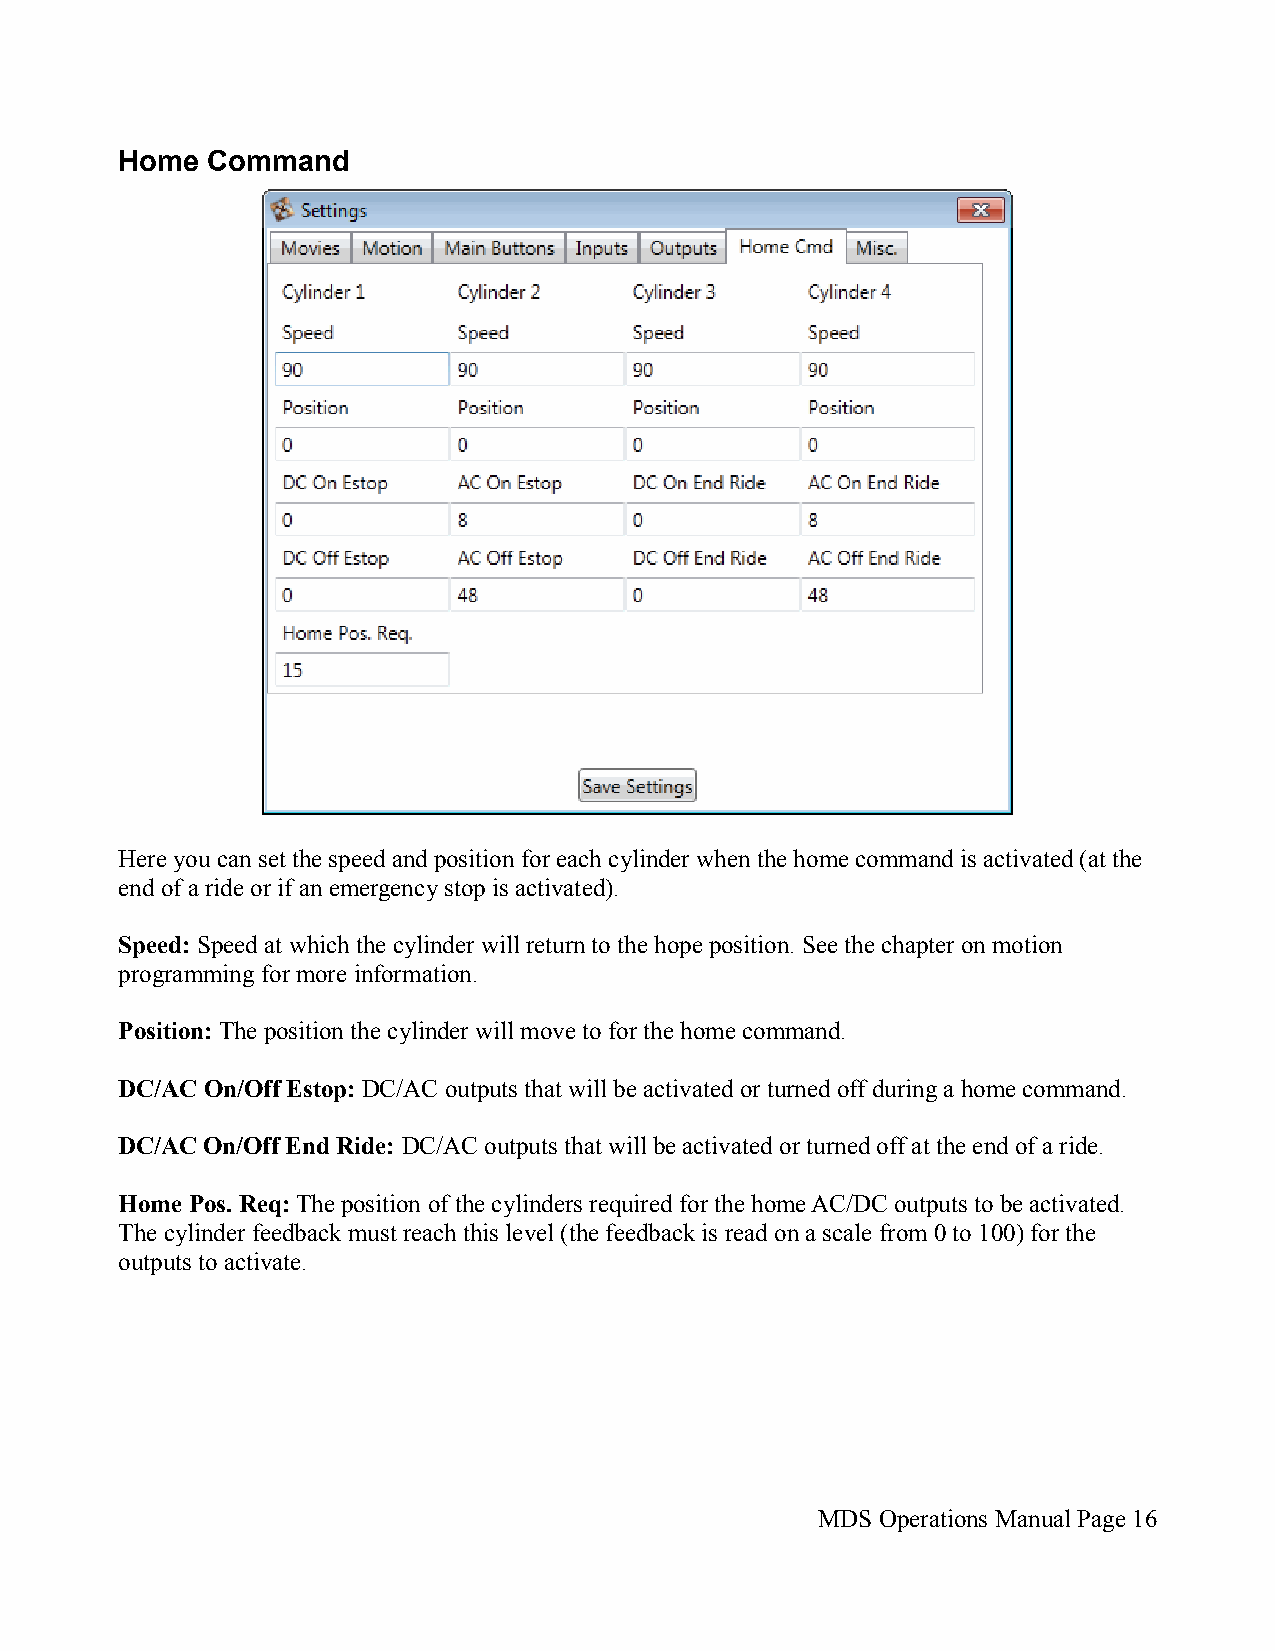
Home  Command
 Here you can set the speed and position for each cylinder when the home command is activated (at the
 end of a ride or if an emergency stop is activated).
 Speed: Speed at which the cylinder will return to the hope position. See the chapter on motion
 programming for more information.
 Position: The position the cylinder will move to for the home command.
 DC/AC On/Off Estop: DC/AC outputs that will be activated or turned off during a home command.
 DC/AC On/Off End Ride: DC/AC outputs that will be activated or turned off at the end of a ride.
 Home Pos. Req: The position of the cylinders required for the home AC/DC outputs to be activated.
 The cylinder feedback must reach this level (the feedback is read on a scale from 0 to 100) for the
 outputs to activate.
 MDS Operations Manual Page 16